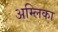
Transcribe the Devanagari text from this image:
अम्लिका